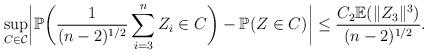
LaTeX: \begin{align*}\sup_{C \in \mathcal{C}}\biggl|\mathbb{P}\biggl(\frac{1}{(n-2)^{1/2}}\sum_{i=3}^n Z_i \in C\biggr) - \mathbb{P}(Z \in C)\biggr| \leq \frac{C_2\mathbb{E}(\|Z_3\|^3)}{(n-2)^{1/2}}.\end{align*}